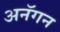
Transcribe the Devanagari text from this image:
अनॅगन